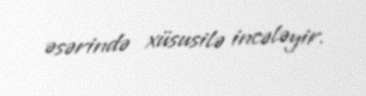
əsərində xüsusilə incələyir.